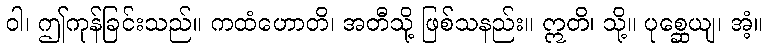
ဝါ၊ ဤကုန်ခြင်းသည်။ ကထံဟောတိ၊ အတီသို့ ဖြစ်သနည်း။ ဣတိ၊ သို့။ ပုစ္ဆေယျ၊ အံ့။